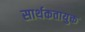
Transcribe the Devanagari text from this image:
सार्थकतायुक्त